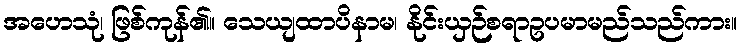
အဟေသုံ၊ ဖြစ်ကုန်၏။ သေယျထာပိနာမ၊ နိုင်းယှဉ်စရာဥပမာမည်သည်ကား။